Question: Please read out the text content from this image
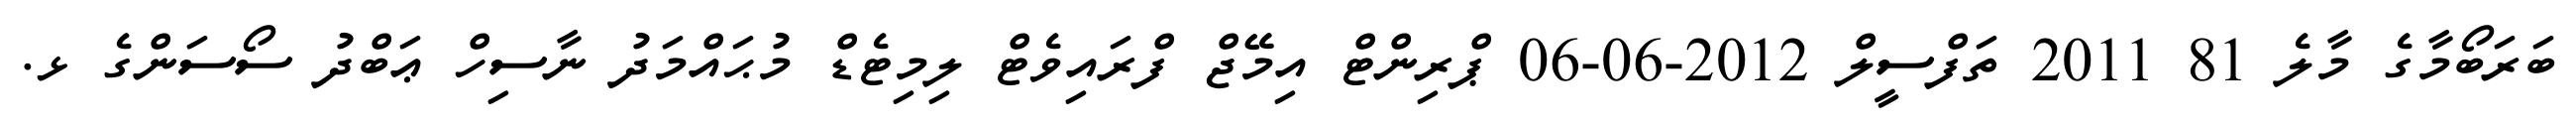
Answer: ބަރަބޯމާގެ މާލެ 81 2011 ތަފްސީލް 2012-06-06 ޕްރިންޓް އިމޭޖް ފްރައިވެޓް ލިމިޓެޑް މުޙައްމަދު ނާސިހް ޢަބްދު ސޯސަންގެ ޅ.